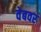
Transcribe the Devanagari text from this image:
वेबवर